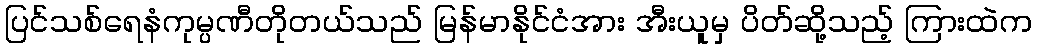
ပြင်သစ်ရေနံကုမ္ပဏီတိုတယ်သည် မြန်မာနိုင်ငံအား အီးယူမှ ပိတ်ဆို့သည့် ကြားထဲက